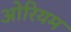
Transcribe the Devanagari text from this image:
ओरियम